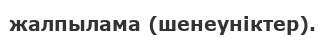
жалпылама (шенеуніктер).